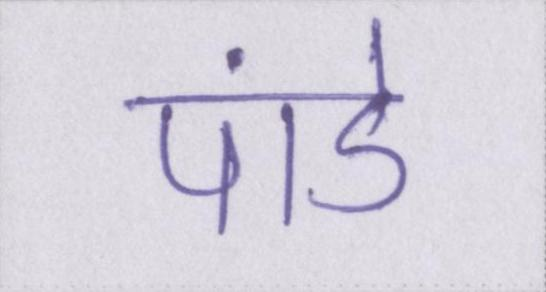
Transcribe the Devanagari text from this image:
पांडे